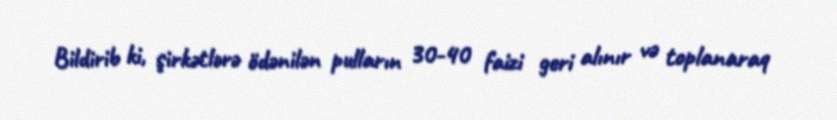
Bildirib ki, şirkətlərə ödənilən pulların 30-40 faizi geri alınır və toplanaraq